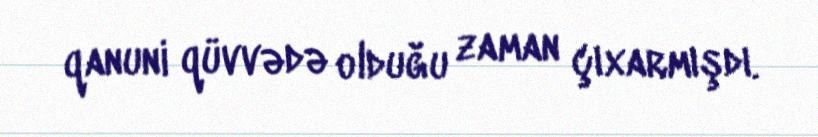
qanuni qüvvədə olduğu zaman çıxarmışdı.